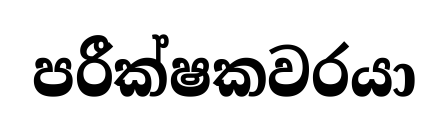
පරීක්ෂකවරයා